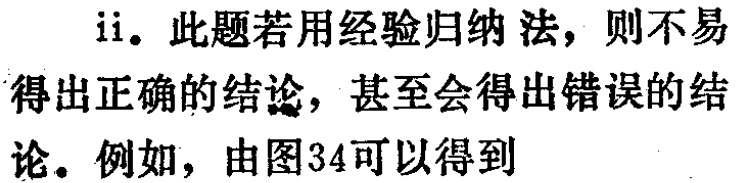
ii. 此题若用经验归纳法，则不易得出正确的结论，甚至会得出错误的结论。例如，由图34可以得到